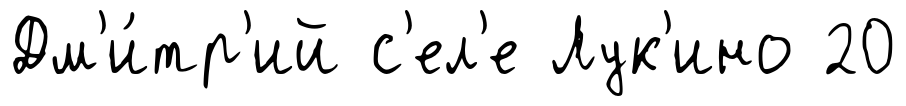
Дм'и́тр'ий с'ел'е Лук'ино 20